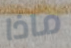
ماذا